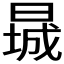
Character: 𬁃